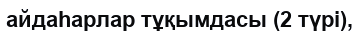
айдаhарлар тұқымдасы (2 түрі),